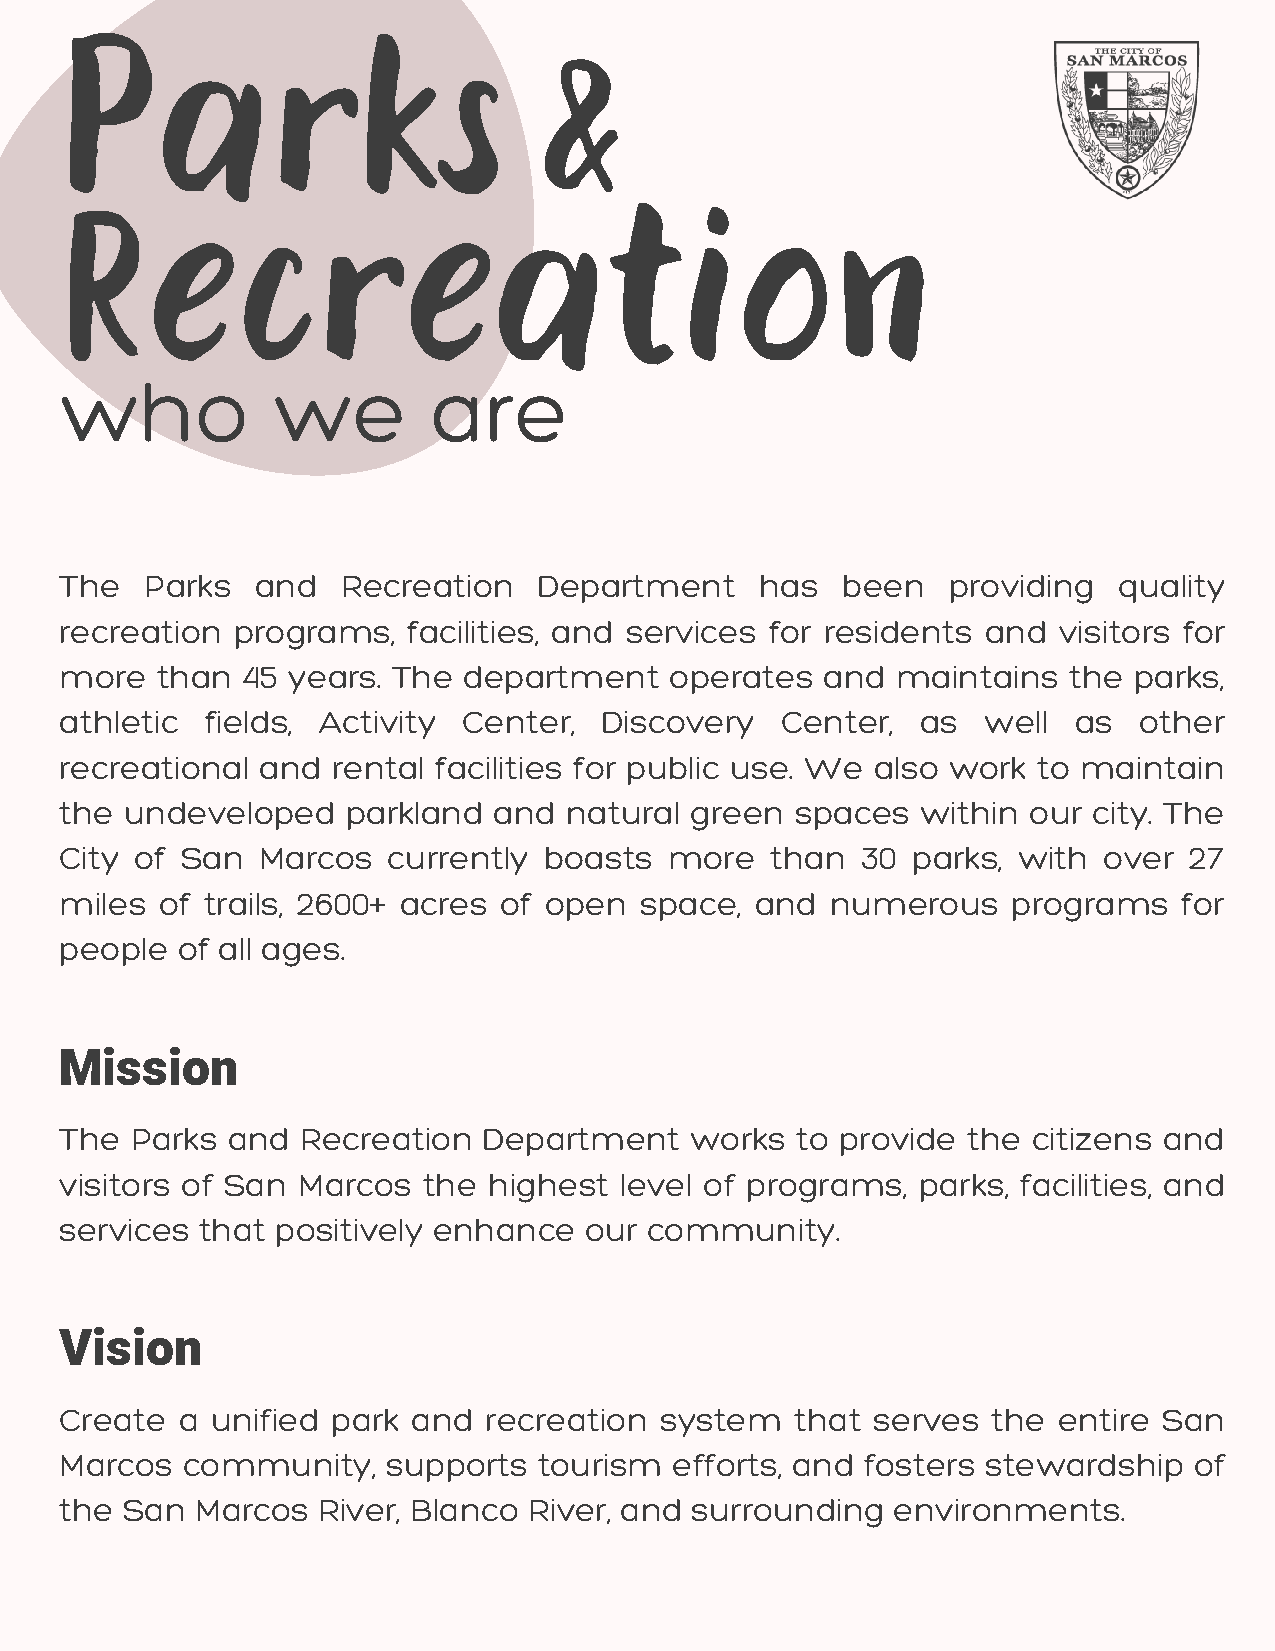
Parks                           &
 Recreation
 who           we         are
 The   Parks  and   Recreation   Department    has   been   providing  quality
 recreation programs,   facilities, and services for residents and visitors for
 more  than  45 years. The  department   operates   and maintains   the parks,
 athletic  fields, Activity Center,  Discovery   Center,  as  well  as  other
 recreational and  rental facilities for public use. We also work to maintain
 the undeveloped    parkland  and natu  ral green spaces  within our city. The
 City of San  Marcos   currently boasts  more   than  30 parks, with  over  27
 miles  of trails, 2600+ acres of open space,  and  numerous    programs   for
 people  of all ages.
 Mission
 The  Parks and  Recreation  Department    works  to provide the citizens and
 visitors of San Marcos  the highest  level of programs,  parks, facilities, and
 services that positively enhance   our community.
 Vision
 Create  a unified park and  recreation  system   that serves  the entire San
 Marcos  community,    supports  tourism  efforts, and fosters stewardship  of
 the San  Marcos  River, Blanco River, and surrounding  environments.